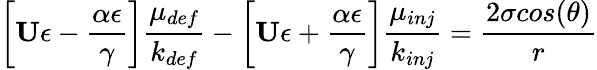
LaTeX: \bigg[\textbf{U}\epsilon-\frac{\alpha\epsilon}{\gamma}\bigg]\frac{\mu_{def}}{k_{def}}-\bigg[\textbf{U}\epsilon+\frac{\alpha\epsilon}{\gamma}\bigg]\frac{\mu_{inj}}{k_{inj}}=\frac{2\sigma cos(\theta)}{r}